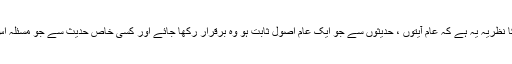
جیسے منکرین حدیث مظاہرہ کررہے ہیں اورعیسیٰ بن ابان کا نظریہ یہ ہے کہ عام آیتوں ، حدیثوں سے جو ایک عام اصول ثابت ہو وہ برقرار رکھا جائے اور کسی خاص حدیث سے جو مسئلہ اس عام اصول کے خلاف ثابت ہو اس کو ترک کردیا جائے گا۔